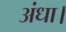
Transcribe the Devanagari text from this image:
अंधा।